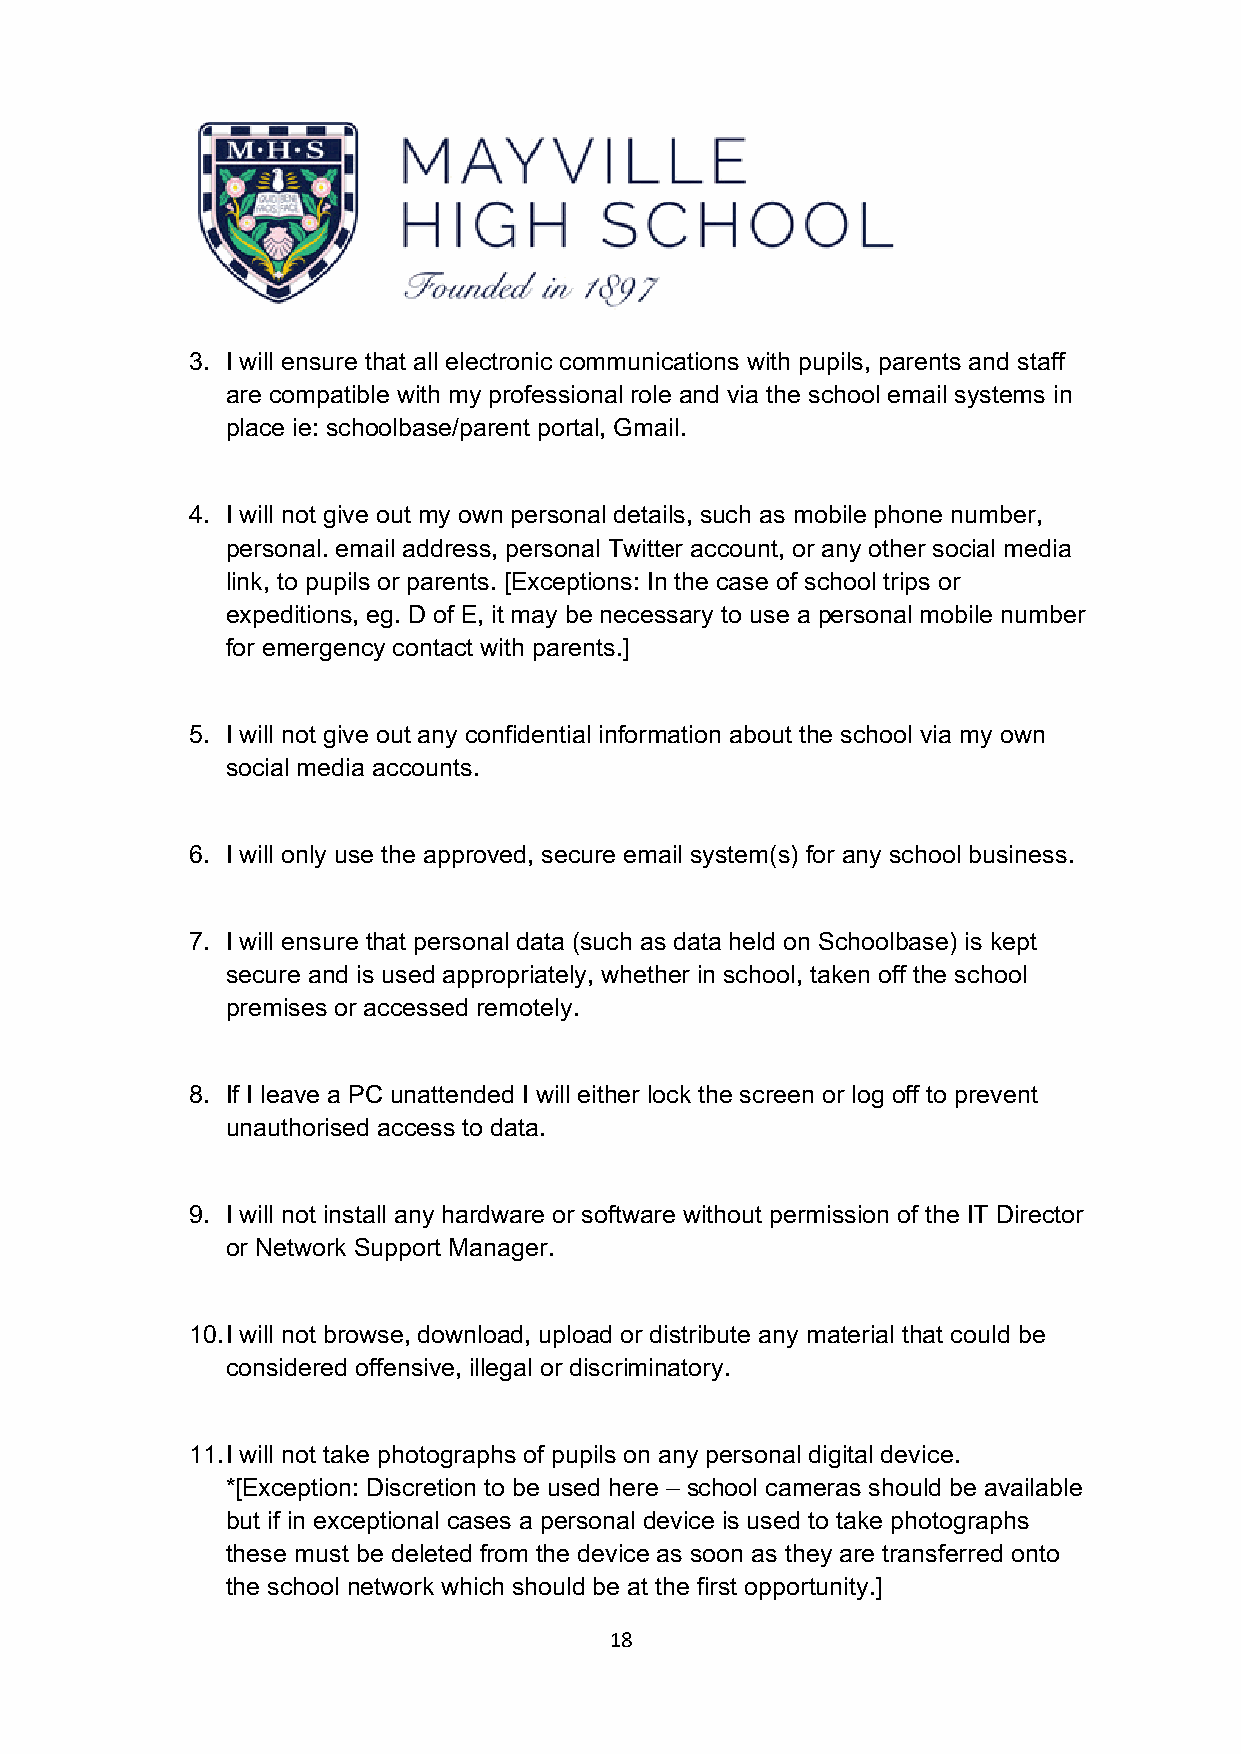
3. I will ensure that all electronic communications with pupils, parents and staff
 are compatible with my professional role and via the school email systems in
 place ie: schoolbase/parent portal, Gmail.
 4. I will not give out my own personal details, such as mobile phone number,
 personal. email address, personal Twitter account, or any other social media
 link, to pupils or parents. [Exceptions: In the case of school trips or
 expeditions, eg. D of E, it may be necessary to use a personal mobile number
 for emergency contact with parents.]
 5. I will not give out any confidential information about the school via my own
 social media accounts.
 6. I will only use the approved, secure email system(s) for any school business.
 7. I will ensure that personal data (such as data held on Schoolbase) is kept
 secure and is used appropriately, whether in school, taken off the school
 premises or accessed remotely.
 8. If I leave a PC unattended I will either lock the screen or log off to prevent
 unauthorised access to data.
 9. I will not install any hardware or software without permission of the IT Director
 or Network Support Manager.
 10. I will not browse, download, upload or distribute any material that could be
 considered offensive, illegal or discriminatory.
 11. I will not take photographs of pupils on any personal digital device.
 *[Exception: Discretion to be used here – school cameras should be available
 but if in exceptional cases a personal device is used to take photographs
 these must be deleted from the device as soon as they are transferred onto
 the school network which should be at the first opportunity.]
 18